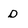
Character: d